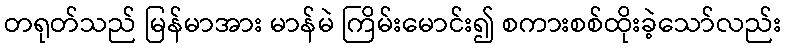
တရုတ်သည် မြန်မာအား မာန်မဲ ကြိမ်းမောင်း၍ စကားစစ်ထိုးခဲ့သော်လည်း